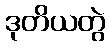
ဒုတိယတွဲ